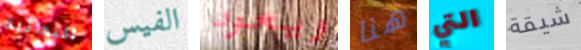
البدائية الفيس ويعود هنا التي شيقة